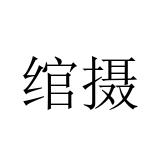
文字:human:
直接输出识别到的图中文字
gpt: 绾摄